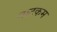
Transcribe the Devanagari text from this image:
नाटकम